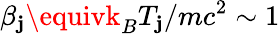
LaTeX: \beta_{\mathbf{j}}\equivk_{B}T_{\mathbf{j}}/mc^{2}\sim1